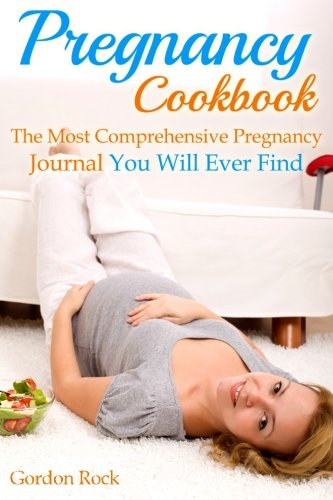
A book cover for Pregnancy Cookbook: The Most Comprehensive Pregnancy Journal You Will Ever Find (Pregnancy Guide); Gordon Rock; Cookbooks, Food & Wine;